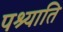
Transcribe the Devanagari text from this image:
पश्याति